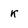
Character: k